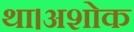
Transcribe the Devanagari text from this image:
था।अशोक